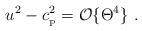
LaTeX: \begin{align*}u^2-c_{_{\rm P}}^2={\cal O}\{\Theta^4\}\ .\end{align*}